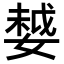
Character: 𡠃